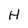
Character: H